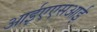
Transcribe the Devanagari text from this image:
आईएएसआई